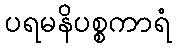
ပရမနိပစ္စကာရံ